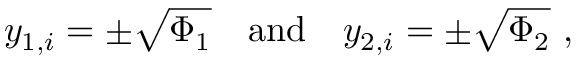
y _ { 1 , i } = \pm \sqrt { \Phi _ { 1 } } \quad \mathrm { a n d } \quad y _ { 2 , i } = \pm \sqrt { \Phi _ { 2 } } \ ,